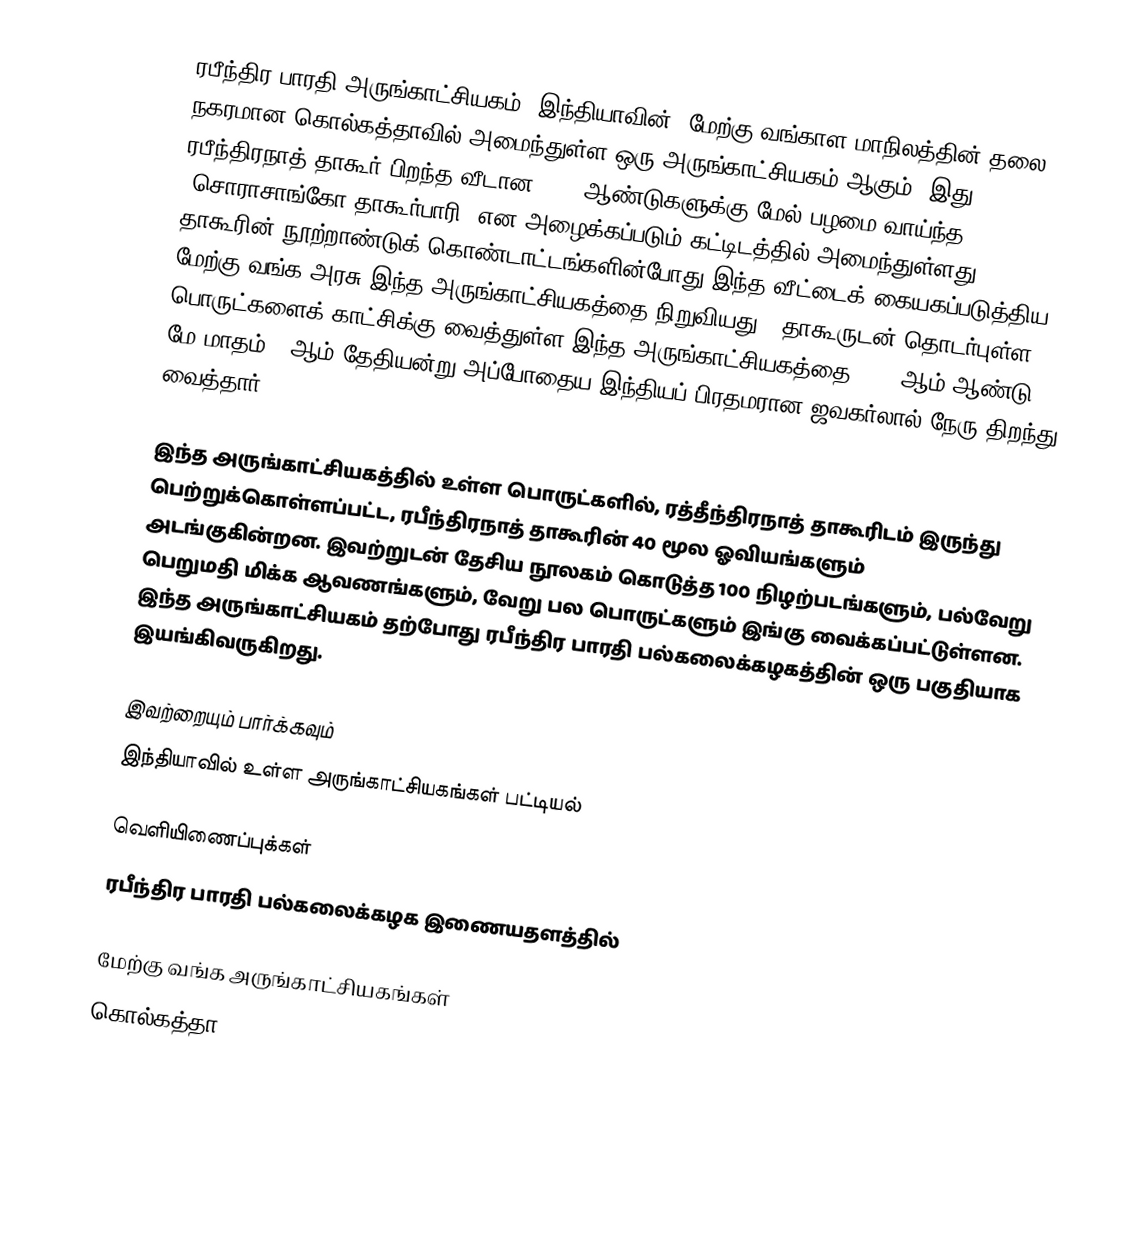
ரபீந்திர பாரதி அருங்காட்சியகம், இந்தியாவின், மேற்கு வங்காள மாநிலத்தின் தலை நகரமான கொல்கத்தாவில் அமைந்துள்ள ஒரு அருங்காட்சியகம் ஆகும். இது, ரபீந்திரநாத் தாகூர் பிறந்த வீடான, 200 ஆண்டுகளுக்கு மேல் பழமை வாய்ந்த, "சொராசாங்கோ தாகூர்பாரி" என அழைக்கப்படும் கட்டிடத்தில் அமைந்துள்ளது. தாகூரின் நூற்றாண்டுக் கொண்டாட்டங்களின்போது இந்த வீட்டைக் கையகப்படுத்திய மேற்கு வங்க அரசு இந்த அருங்காட்சியகத்தை நிறுவியது.. தாகூருடன் தொடர்புள்ள பொருட்களைக் காட்சிக்கு வைத்துள்ள இந்த அருங்காட்சியகத்தை 1961 ஆம் ஆண்டு மே மாதம் 8 ஆம் தேதியன்று அப்போதைய இந்தியப் பிரதமரான ஜவகர்லால் நேரு திறந்து வைத்தார்.

இந்த அருங்காட்சியகத்தில் உள்ள பொருட்களில், ரத்தீந்திரநாத் தாகூரிடம் இருந்து பெற்றுக்கொள்ளப்பட்ட, ரபீந்திரநாத் தாகூரின் 40 மூல ஓவியங்களும் அடங்குகின்றன. இவற்றுடன் தேசிய நூலகம் கொடுத்த 100 நிழற்படங்களும், பல்வேறு பெறுமதி மிக்க ஆவணங்களும், வேறு பல பொருட்களும் இங்கு வைக்கப்பட்டுள்ளன. இந்த அருங்காட்சியகம் தற்போது ரபீந்திர பாரதி பல்கலைக்கழகத்தின் ஒரு பகுதியாக இயங்கிவருகிறது.

இவற்றையும் பார்க்கவும்
 இந்தியாவில் உள்ள அருங்காட்சியகங்கள் பட்டியல்

வெளியிணைப்புக்கள்
 ரபீந்திர பாரதி பல்கலைக்கழக இணையதளத்தில்

மேற்கு வங்க அருங்காட்சியகங்கள்
கொல்கத்தா